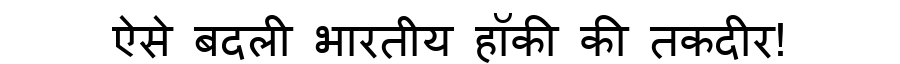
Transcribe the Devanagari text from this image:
ऐसे बदली भारतीय हॉकी की तकदीर!